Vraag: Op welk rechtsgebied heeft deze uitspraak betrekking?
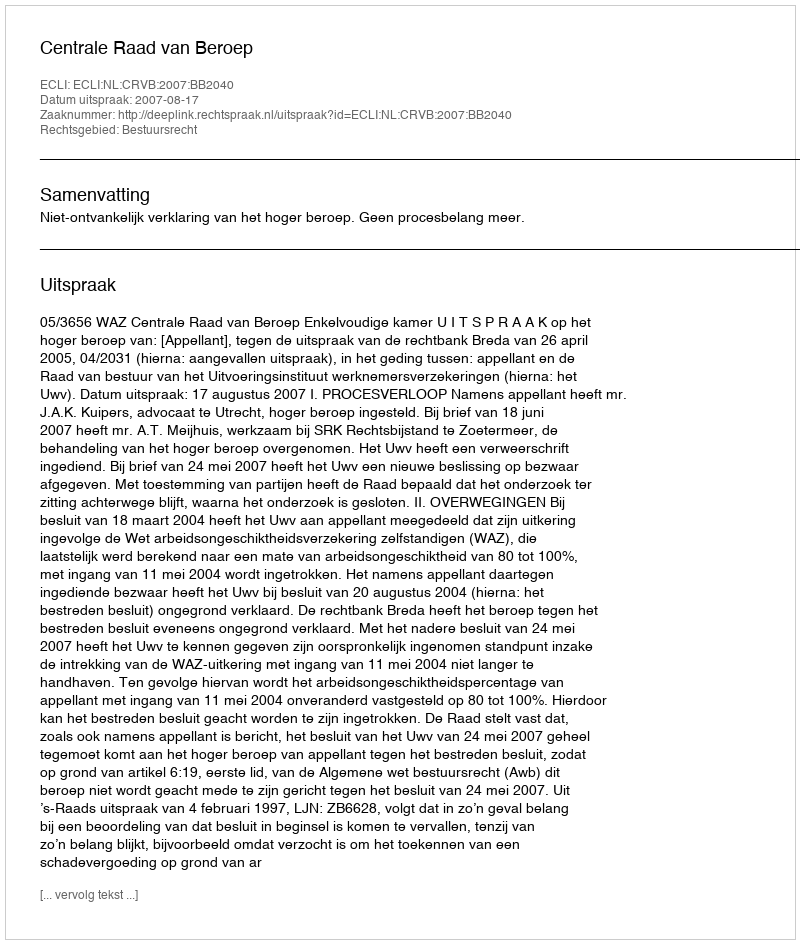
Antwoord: Bestuursrecht